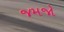
જમજો